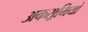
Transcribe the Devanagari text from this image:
अकसूमियों